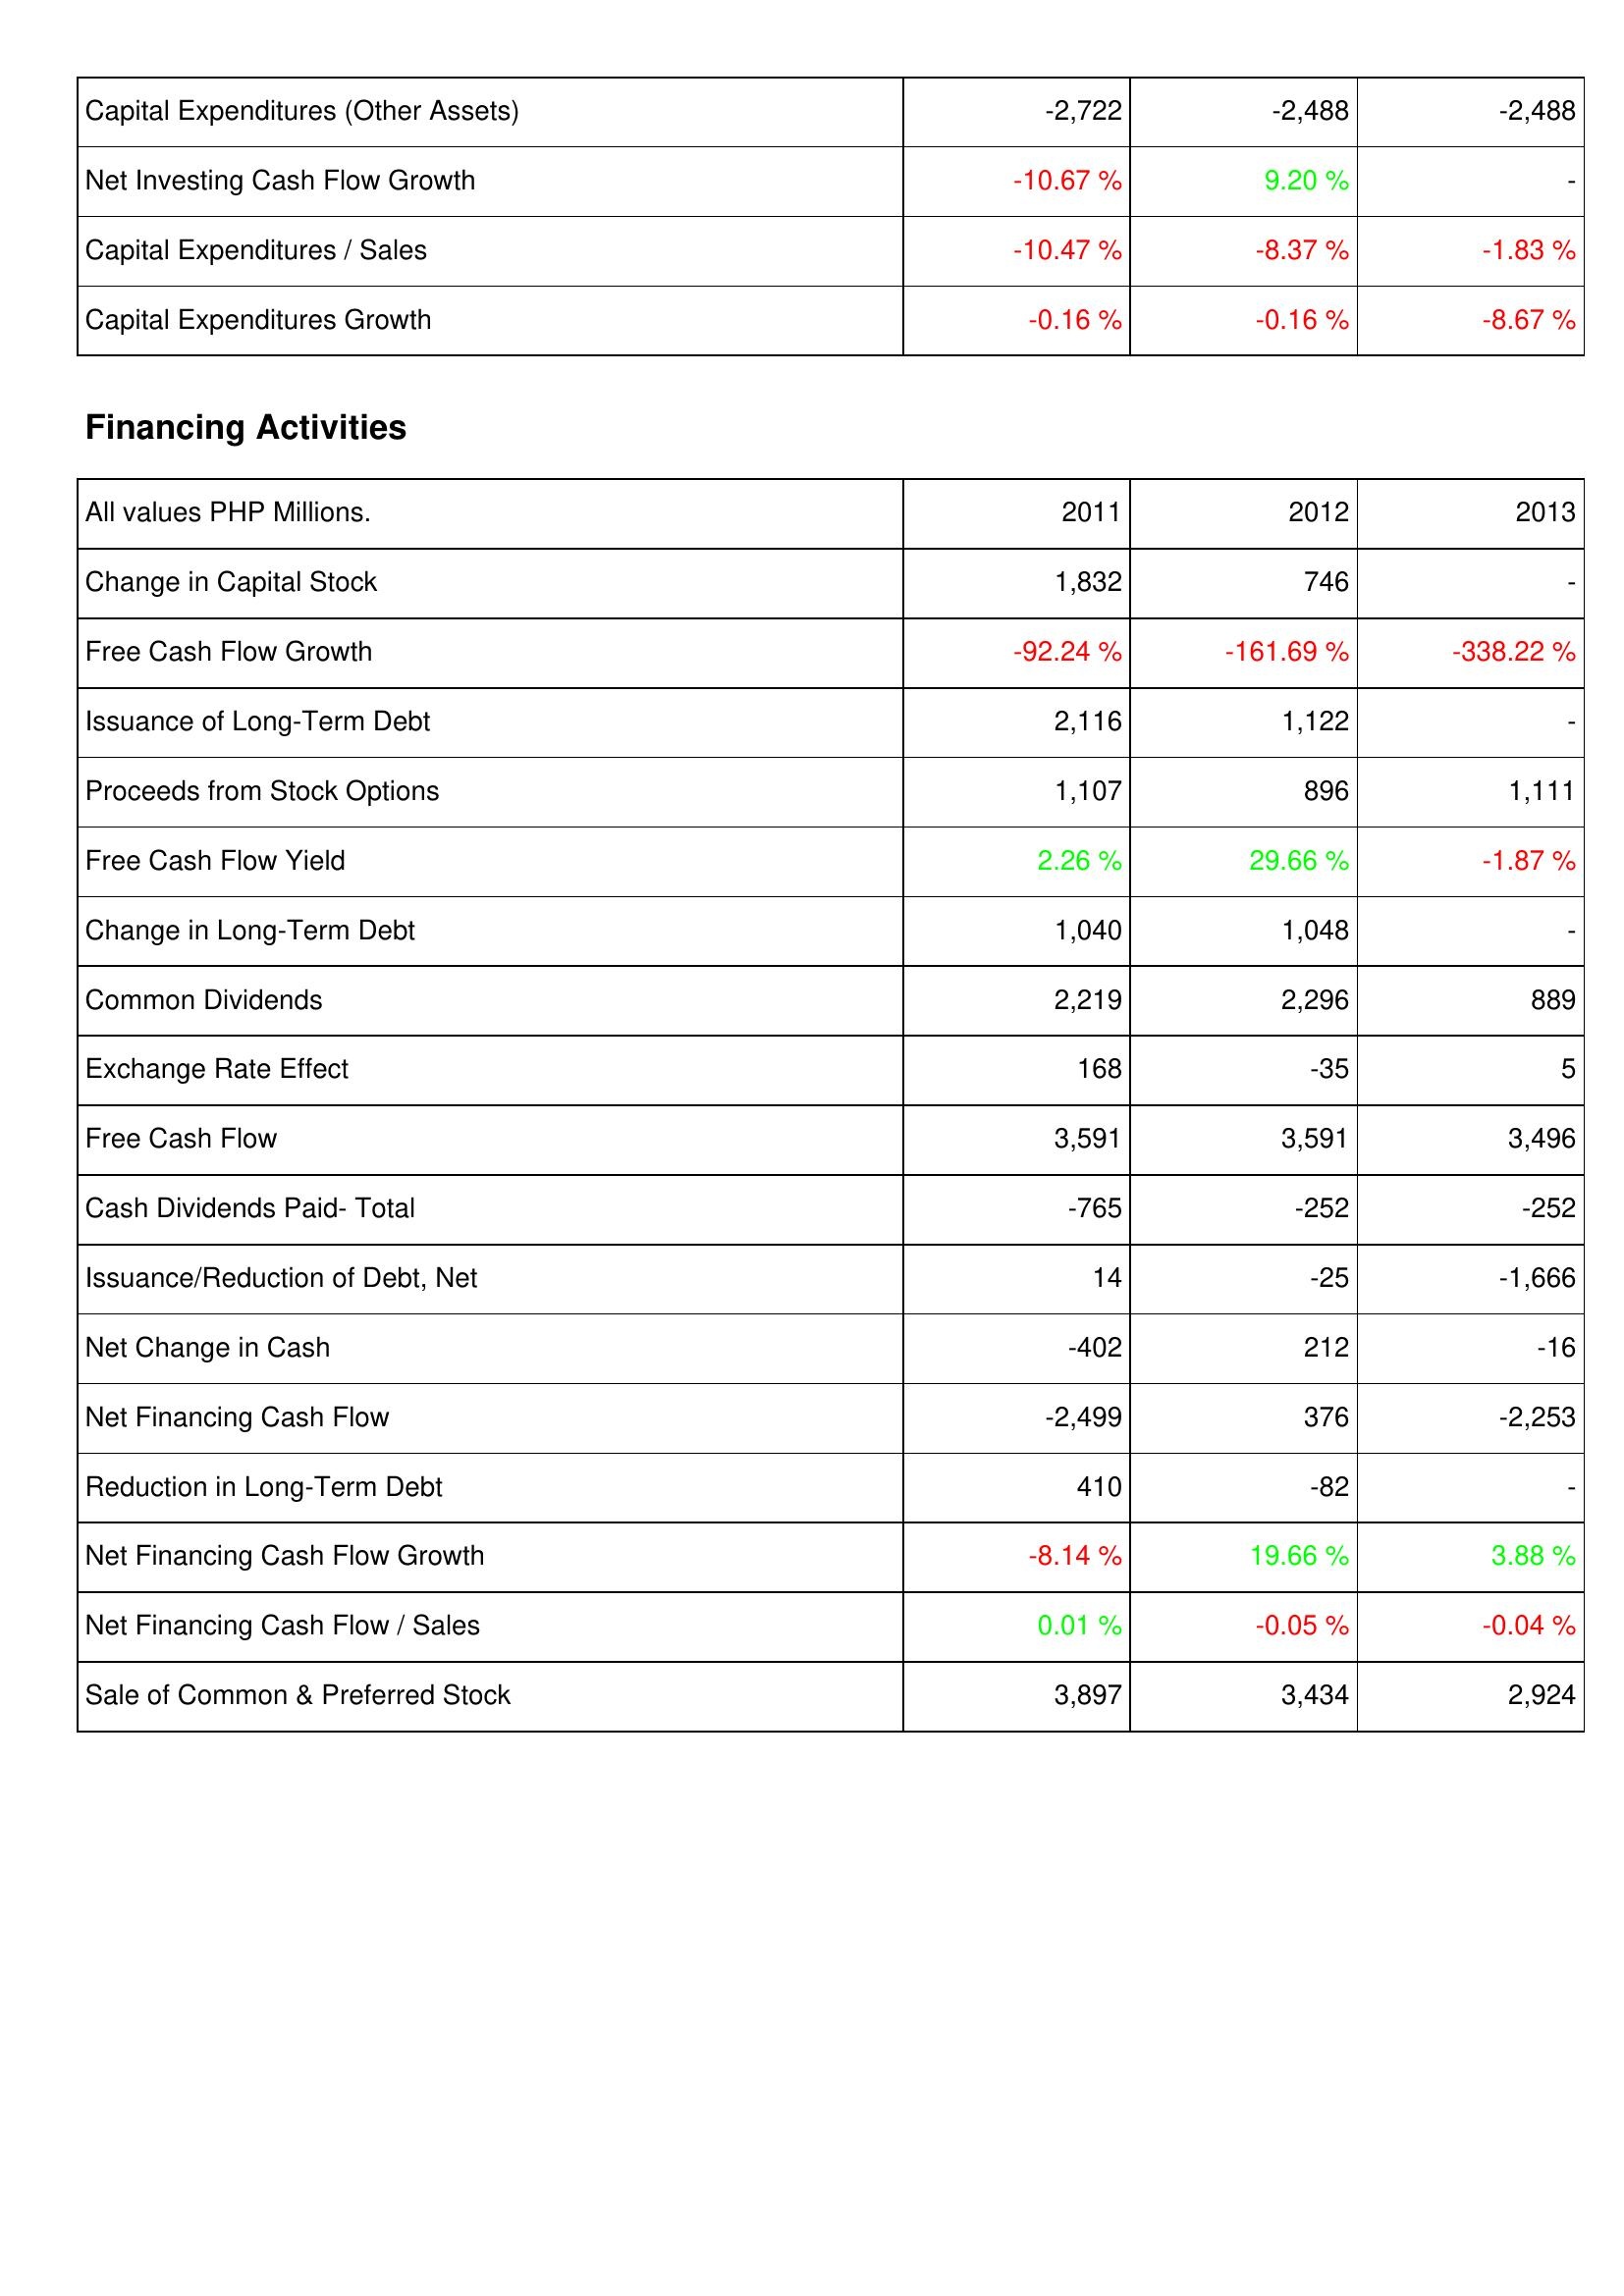
2011: Investing Activities: Capital Expenditures (Other Assets): -2,722
Net Investing Cash Flow Growth: -10.67 %
Capital Expenditures / Sales: -10.47 %
Capital Expenditures Growth: -0.16 %
Financing Activities: Change in Capital Stock: 1,832
Free Cash Flow Growth: -92.24 %
Issuance of Long-Term Debt: 2,116
Proceeds from Stock Options: 1,107
Free Cash Flow Yield: 2.26 %
Change in Long-Term Debt: 1,040
Common Dividends: 2,219
Exchange Rate Effect: 168
Free Cash Flow: 3,591
Cash Dividends Paid- Total: -765
Issuance/Reduction of Debt, Net: 14
Net Change in Cash: -402
Net Financing Cash Flow: -2,499
Reduction in Long-Term Debt: 410
Net Financing Cash Flow Growth: -8.14 %
Net Financing Cash Flow / Sales: 0.01 %
Sale of Common & Preferred Stock: 3,897
2012: Investing Activities: Capital Expenditures (Other Assets): -2,488
Net Investing Cash Flow Growth: 9.20 %
Capital Expenditures / Sales: -8.37 %
Capital Expenditures Growth: -0.16 %
Financing Activities: Change in Capital Stock: 746
Free Cash Flow Growth: -161.69 %
Issuance of Long-Term Debt: 1,122
Proceeds from Stock Options: 896
Free Cash Flow Yield: 29.66 %
Change in Long-Term Debt: 1,048
Common Dividends: 2,296
Exchange Rate Effect: -35
Free Cash Flow: 3,591
Cash Dividends Paid- Total: -252
Issuance/Reduction of Debt, Net: -25
Net Change in Cash: 212
Net Financing Cash Flow: 376
Reduction in Long-Term Debt: -82
Net Financing Cash Flow Growth: 19.66 %
Net Financing Cash Flow / Sales: -0.05 %
Sale of Common & Preferred Stock: 3,434
2013: Investing Activities: Capital Expenditures (Other Assets): -2,488
Net Investing Cash Flow Growth: -
Capital Expenditures / Sales: -1.83 %
Capital Expenditures Growth: -8.67 %
Financing Activities: Change in Capital Stock: -
Free Cash Flow Growth: -338.22 %
Issuance of Long-Term Debt: -
Proceeds from Stock Options: 1,111
Free Cash Flow Yield: -1.87 %
Change in Long-Term Debt: -
Common Dividends: 889
Exchange Rate Effect: 5
Free Cash Flow: 3,496
Cash Dividends Paid- Total: -252
Issuance/Reduction of Debt, Net: -1,666
Net Change in Cash: -16
Net Financing Cash Flow: -2,253
Reduction in Long-Term Debt: -
Net Financing Cash Flow Growth: 3.88 %
Net Financing Cash Flow / Sales: -0.04 %
Sale of Common & Preferred Stock: 2,924